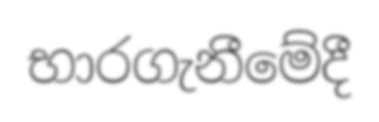
භාරගැනීමේදී